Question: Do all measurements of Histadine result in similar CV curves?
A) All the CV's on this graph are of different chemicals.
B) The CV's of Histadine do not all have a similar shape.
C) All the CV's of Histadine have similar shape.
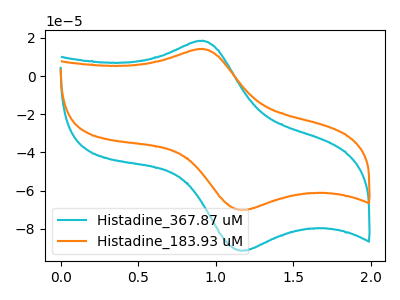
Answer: <think>The cyan curve "Histadine_367.87 uM" has an anodic peak at (0.90V, 18.50uA) and a cathodic peak at (1.15V, -91.45uA). The orange curve "Histadine_183.93 uM" has an anodic peak at (0.90V, 14.20uA) and a cathodic peak at (1.15V, -70.20uA).
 All the peaks in "Histadine_367.87 uM" have a peak in "Histadine_183.93 uM" at the same potential. Every peak in "Histadine_367.87 uM" is higher than every peak in "Histadine_183.93 uM".</think>
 <answer>C) All the CV's of "Histadine" have similar shape.</answer>
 <eval>C</eval>